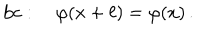
LaTeX: \mathrm { b c } : \quad \varphi ( x + \ell ) = \varphi ( x ) \, .